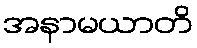
အနာမယာတိ